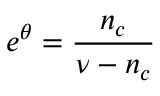
e ^ { \theta } = \frac { n _ { c } } { \nu - n _ { c } }